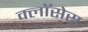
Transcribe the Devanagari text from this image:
क्लाॅसेस